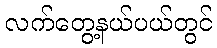
လက်တွေ့နယ်ပယ်တွင်